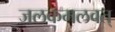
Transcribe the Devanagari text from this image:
जलकमलवत्